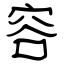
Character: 容